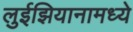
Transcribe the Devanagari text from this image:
लुईझियानामध्ये